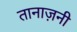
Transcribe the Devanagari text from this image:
तानाज़नी